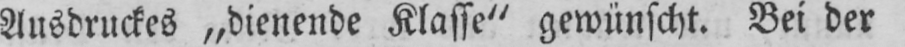
Ausdruckes „dienende Klasse“ gewünscht. Bei der